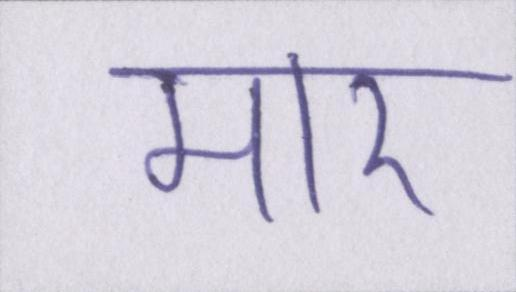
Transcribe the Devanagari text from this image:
मार